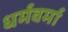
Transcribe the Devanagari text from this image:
धर्मवर्मा